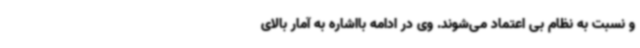
و نسبت به نظام بی اعتماد می‌شوند. وی در ادامه بااشاره به آمار بالای